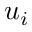
u _ { i }